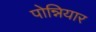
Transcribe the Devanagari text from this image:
पोन्नियार